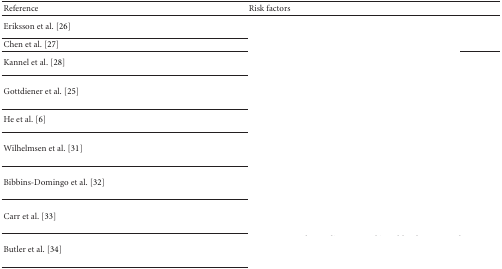
<table><thead><tr><td><b> Reference</b></td><td><b>Risk factors</b></td></tr></thead><tbody><tr><td>Eriksson et al. [26]</td><td>[EMPTY_CELL]</td></tr><tr><td>Chen et al. [27]</td><td>[EMPTY_CELL]</td></tr><tr><td>Kannel et al. [28]</td><td>[EMPTY_CELL]</td></tr><tr><td> Gottdiener et al. [25]</td><td>[EMPTY_CELL]</td></tr><tr><td>He et al. [6]</td><td>[EMPTY_CELL]</td></tr><tr><td> Wilhelmsen et al. [31]</td><td>[EMPTY_CELL]</td></tr><tr><td>Bibbins-Domingo et al. [32]</td><td>[EMPTY_CELL]</td></tr><tr><td>Carr et al. [33]</td><td>[EMPTY_CELL]</td></tr><tr><td>Butler et al. [34]</td><td>[EMPTY_CELL]</td></tr></tbody></table>